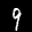
Label: 9